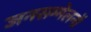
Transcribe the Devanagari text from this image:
जनसम्मेलनों